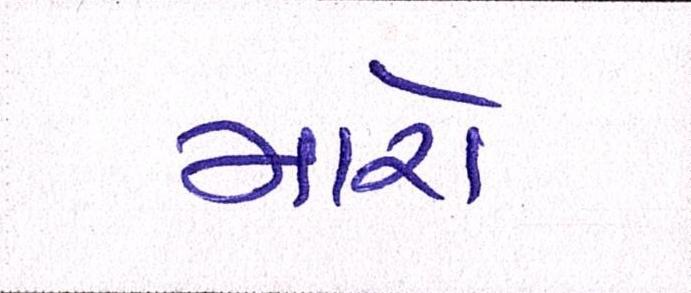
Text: મારો